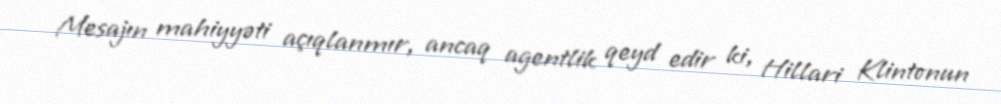
Mesajın mahiyyəti açıqlanmır, ancaq agentlik qeyd edir ki, Hillari Klintonun